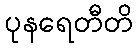
ပုနရေတီတိ